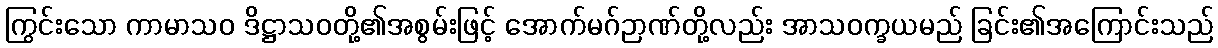
ကြွင်းသော ကာမာသဝ ဒိဋ္ဌာသဝတို့၏အစွမ်းဖြင့် အောက်မဂ်ဉာဏ်တို့လည်း အာသဝက္ခယမည် ခြင်း၏အကြောင်းသည်